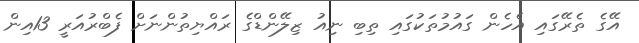
އޭގެ ތެރޭގައި އެހެން ގައުމުތަކުގައި ތިބި ނިއު ޒިލޭންޑްގެ ރައްޔިތުންނަށް ފެބްރުއަރީ 13އިން